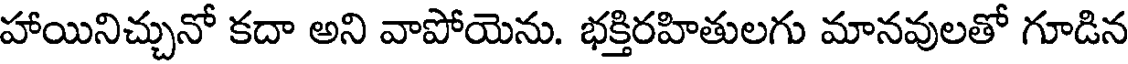
హాయినిచ్చునో కదా అని వాపోయెను. భక్తిరహితులగు మానవులతో గూడిన